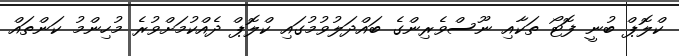
ކްލޮޕް ބުނީ ފޮޓޯ ތަކާއި ނޫސްވެރިންގެ ބައްދަލުވުމުގައި ކްލޮޕް ދެއްކުމަށްވުރެ މުހިންމު ކަންތައް